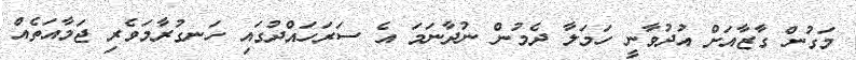
މަގުން ގާޒާއަށް އުދުވާނީ ހަމަލާ ދެމުން ނުދާނަމަ އެ ސަރަހައްދުގައި ހަނގުރާމަވެރި ޖަމާއަތެއް